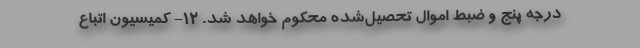
درجه پنج و ضبط اموال تحصیل‌شده محکوم خواهد شد. ۱۲- کمیسیون اتباع